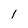
Character: I